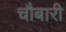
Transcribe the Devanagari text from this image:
चौबारी